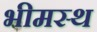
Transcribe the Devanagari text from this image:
भीमस्थ